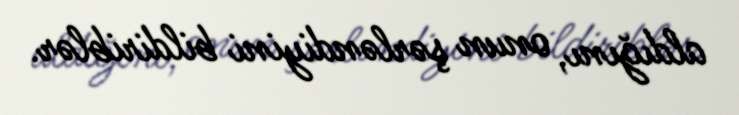
aldığını, onun şərləndiyini bildiriblər.